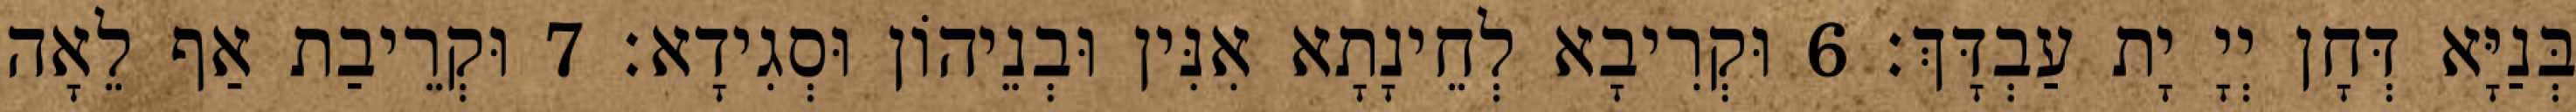
בְּנַיָּא דְּחָן יְיָ יָת עַבְדָּךְ׃ 6 וּקְרִיבָא לְחֵינָתָא אִנִּין וּבְנֵיהוֹן וּסְגִידָא׃ 7 וּקְרֵיבַת אַף לֵאָה